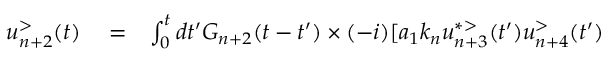
\begin{array} { r l r } { u _ { n + 2 } ^ { > } ( t ) } & { { } = } & { \int _ { 0 } ^ { t } d t ^ { \prime } G _ { n + 2 } ( t - t ^ { \prime } ) \times ( - i ) [ a _ { 1 } k _ { n } u _ { n + 3 } ^ { * > } ( t ^ { \prime } ) u _ { n + 4 } ^ { > } ( t ^ { \prime } ) } \end{array}